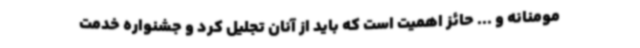
مومنانه و ... حائز اهمیت است که باید از آنان تجلیل کرد و جشنواره خدمت